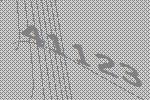
41123